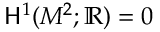
{ \mathsf { H } } ^ { 1 } ( M ^ { 2 } ; \mathbb { R } ) = 0